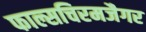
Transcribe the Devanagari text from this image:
फाल्सचिरमजैगर